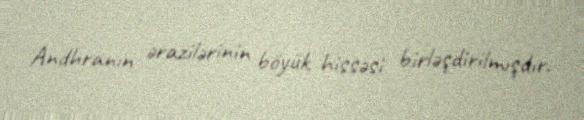
Andhranın ərazilərinin böyük hissəsi birləşdirilmışdır.